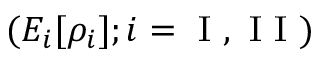
( E _ { i } [ \rho _ { i } ] ; i = \mathrm { ~ I ~ , ~ I ~ I ~ } )